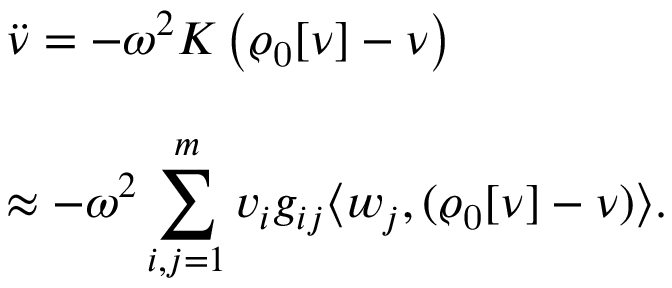
\begin{array} { l } { { \displaystyle { \ddot { \nu } } = - \omega ^ { 2 } { \cal K } \left( \varrho _ { \mathrm { 0 } } [ \nu ] - \nu \right) } } \\ { ~ ~ } \\ { { \displaystyle \approx - \omega ^ { 2 } \sum _ { i , j = 1 } ^ { m } v _ { i } g _ { i j } \langle w _ { j } , ( \varrho _ { \mathrm { 0 } } [ \nu ] - \nu ) \rangle } . } \end{array}